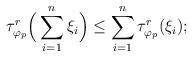
LaTeX: \begin{align*}\tau_{\varphi_p}^r\Big(\sum_{i=1}^n\xi_i\Big)\le \sum_{i=1}^n\tau_{\varphi_p}^r(\xi_i);\end{align*}